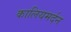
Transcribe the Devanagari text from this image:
कालियमर्दन